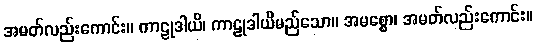
အမတ်လည်းကောင်း။ ကာဠုဒါယိ၊ ကာဠုဒါယိမည်သော။ အမစ္စော၊ အမတ်လည်းကောင်း။